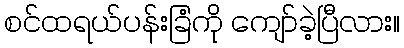
စင်ထရယ်ပန်းခြံကို ကျော်ခဲ့ပြီလား။